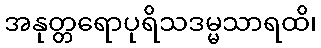
အနုတ္တရောပုရိသဒမ္မသာရထိ၊